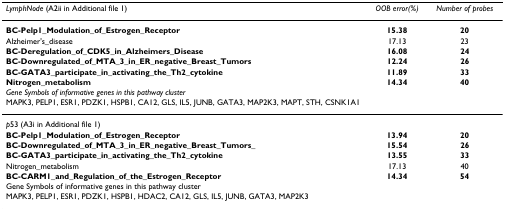
<table><thead><tr><td><b><i>LymphNode </i>(A2ii in Additional file 1)</b></td><td><b><i>OOB error(%)</i></b></td><td><b><i>Number of probes</i></b></td></tr></thead><tbody><tr><td><b>BC-Pelp1_Modulation_of_Estrogen_Receptor</b></td><td><b>15.38</b></td><td><b>20</b></td></tr><tr><td>Alzheimer&#x27;s_disease</td><td>17.13</td><td>23</td></tr><tr><td><b>BC-Deregulation_of_CDK5_in_Alzheimers_Disease</b></td><td><b>16.08</b></td><td><b>24</b></td></tr><tr><td><b>BC-Downregulated_of_MTA_3_in_ER_negative_Breast_Tumors</b></td><td><b>12.24</b></td><td><b>26</b></td></tr><tr><td><b>BC-GATA3_participate_in_activating_the_Th2_cytokine</b></td><td><b>11.89</b></td><td><b>33</b></td></tr><tr><td><b>Nitrogen_metabolism</b></td><td><b>14.34</b></td><td><b>40</b></td></tr><tr><td><i>Gene Symbols of informative genes in this pathway cluster</i></td><td></td><td></td></tr><tr><td>MAPK3, PELP1, ESR1, PDZK1, HSPB1, CA12, GLS, IL5, JUNB, GATA3, MAP2K3, MAPT, STH, CSNK1A1</td><td></td><td></td></tr><tr><td><i>p</i>53 (A3i in Additional file 1)</td><td></td><td></td></tr><tr><td><b>BC-Pelp1_Modulation_of_Estrogen_Receptor</b></td><td><b>13.94</b></td><td><b>20</b></td></tr><tr><td><b>BC-Downregulated_of_MTA_3_in_ER_negative_Breast_Tumors_</b></td><td><b>15.54</b></td><td><b>26</b></td></tr><tr><td><b>BC-GATA3_participate_in_activating_the_Th2_cytokine</b></td><td><b>13.55</b></td><td><b>33</b></td></tr><tr><td>Nitrogen_metabolism</td><td>17.13</td><td>40</td></tr><tr><td><b>BC-CARM1_and_Regulation_of_the_Estrogen_Receptor</b></td><td><b>14.34</b></td><td><b>54</b></td></tr><tr><td>Gene Symbols of informative genes in this pathway cluster</td><td></td><td></td></tr><tr><td>MAPK3, PELP1, ESR1, PDZK1, HSPB1, HDAC2, CA12, GLS, IL5, JUNB, GATA3, MAP2K3</td><td></td><td></td></tr></tbody></table>